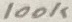
Text: 100K